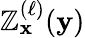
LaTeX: \mathbb{Z}_{\mathbf{{x}}}^{(\ell)}({\mathbf{{y}}})